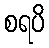
စရပိ